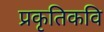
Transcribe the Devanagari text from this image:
प्रकृतिकवि